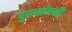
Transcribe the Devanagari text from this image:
घुसखोरांशी